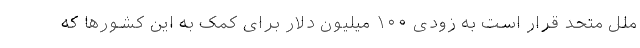
ملل متحد قرار است به زودی ۱۰۰ میلیون دلار برای کمک به این کشورها که